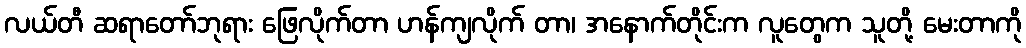
လယ်တီ ဆရာတော်ဘုရား ဖြေလိုက်တာ ဟန်ကျလိုက် တာ၊ အနောက်တိုင်းက လူတွေက သူတို့ မေးတာကို